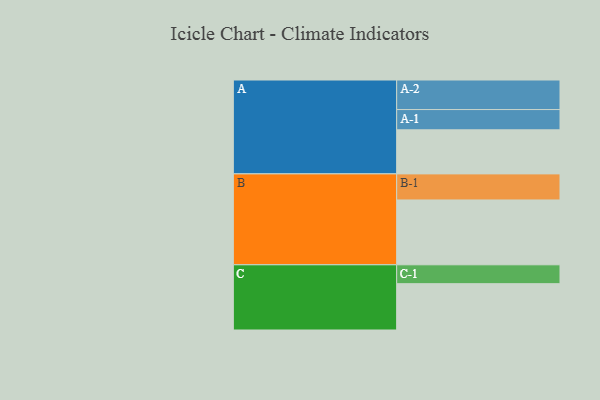
{"axis": {"x": "Segment", "y": "Value"}, "legend": ["", "A", "B", "C"], "data": [{"x": "A", "y": 355, "type": ""}, {"x": "B", "y": 522, "type": ""}, {"x": "C", "y": 373, "type": ""}, {"x": "A-1", "y": 163, "type": "A"}, {"x": "A-2", "y": 238, "type": "A"}, {"x": "B-1", "y": 210, "type": "B"}, {"x": "C-1", "y": 152, "type": "C"}]}